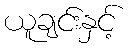
ယူချင်းနှင့်